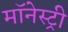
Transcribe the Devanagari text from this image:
मॉनेस्‍ट्री